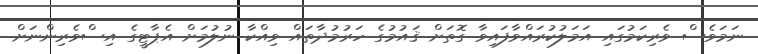
ނަމަވެސް ވެރިކަމުގައި އަމަލުކުރައްވާފައިވާ ގޮތަށް ޤައުމުގެ ހަރުމުދާތައް ވިއްކާ ނުލުމަށް އެޕާޓީގެ އިސްވެރިންނަށް